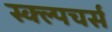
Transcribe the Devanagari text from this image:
स्क्ल्पचर्स